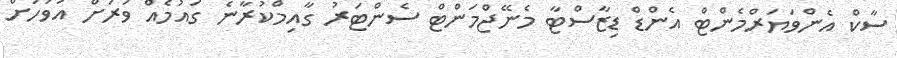
ސާކް އެންވަޔަރްމެންޓް އެންޑް ޑިޒާސްޓާ މެނޭޖްމަންޓް ސެންޓަރު ގާއިމްކުރާނެ ގައުމެއް ވަރަށް އަވަހަށް